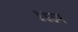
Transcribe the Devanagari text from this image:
॥॥उम